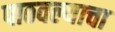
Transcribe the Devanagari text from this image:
पाठवल्याचा